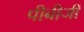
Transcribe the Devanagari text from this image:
पीबीजी